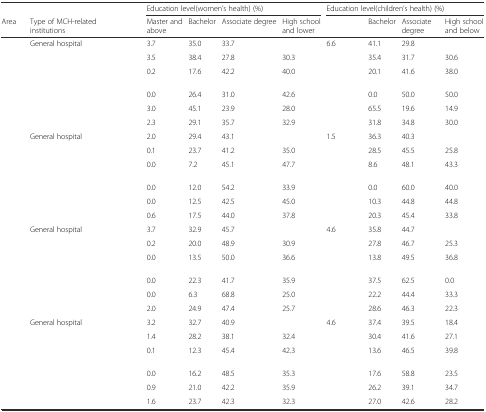
<table><thead><tr><td>[EMPTY_CELL]</td><td>[EMPTY_CELL]</td><td colspan="4"><b>Education level(women’s health) (%)</b></td><td colspan="4"><b>Education level(children’s health) (%)</b></td></tr><tr><td><b>Area</b></td><td><b>Type of MCH-related institutions</b></td><td><b>Master and above</b></td><td><b>Bachelor</b></td><td><b>Associate degree</b></td><td><b>High school and lower</b></td><td>[EMPTY_CELL]</td><td><b>Bachelor</b></td><td><b>Associate degree</b></td><td><b>High school and below</b></td></tr></thead><tbody><tr><td rowspan="6">[EMPTY_CELL]</td><td>General hospital</td><td>3.7</td><td>35.0</td><td>33.7</td><td>[EMPTY_CELL]</td><td>6.6</td><td>41.1</td><td>29.8</td><td>[EMPTY_CELL]</td></tr><tr><td>[EMPTY_CELL]</td><td>3.5</td><td>38.4</td><td>27.8</td><td>30.3</td><td>[EMPTY_CELL]</td><td>35.4</td><td>31.7</td><td>30.6</td></tr><tr><td>[EMPTY_CELL]</td><td>0.2</td><td>17.6</td><td>42.2</td><td>40.0</td><td>[EMPTY_CELL]</td><td>20.1</td><td>41.6</td><td>38.0</td></tr><tr><td>[EMPTY_CELL]</td><td>0.0</td><td>26.4</td><td>31.0</td><td>42.6</td><td>[EMPTY_CELL]</td><td>0.0</td><td>50.0</td><td>50.0</td></tr><tr><td>[EMPTY_CELL]</td><td>3.0</td><td>45.1</td><td>23.9</td><td>28.0</td><td>[EMPTY_CELL]</td><td>65.5</td><td>19.6</td><td>14.9</td></tr><tr><td>[EMPTY_CELL]</td><td>2.3</td><td>29.1</td><td>35.7</td><td>32.9</td><td>[EMPTY_CELL]</td><td>31.8</td><td>34.8</td><td>30.0</td></tr><tr><td rowspan="6">[EMPTY_CELL]</td><td>General hospital</td><td>2.0</td><td>29.4</td><td>43.1</td><td>[EMPTY_CELL]</td><td>1.5</td><td>36.3</td><td>40.3</td><td>[EMPTY_CELL]</td></tr><tr><td>[EMPTY_CELL]</td><td>0.1</td><td>23.7</td><td>41.2</td><td>35.0</td><td>[EMPTY_CELL]</td><td>28.5</td><td>45.5</td><td>25.8</td></tr><tr><td>[EMPTY_CELL]</td><td>0.0</td><td>7.2</td><td>45.1</td><td>47.7</td><td>[EMPTY_CELL]</td><td>8.6</td><td>48.1</td><td>43.3</td></tr><tr><td>[EMPTY_CELL]</td><td>0.0</td><td>12.0</td><td>54.2</td><td>33.9</td><td>[EMPTY_CELL]</td><td>0.0</td><td>60.0</td><td>40.0</td></tr><tr><td>[EMPTY_CELL]</td><td>0.0</td><td>12.5</td><td>42.5</td><td>45.0</td><td>[EMPTY_CELL]</td><td>10.3</td><td>44.8</td><td>44.8</td></tr><tr><td>[EMPTY_CELL]</td><td>0.6</td><td>17.5</td><td>44.0</td><td>37.8</td><td>[EMPTY_CELL]</td><td>20.3</td><td>45.4</td><td>33.8</td></tr><tr><td rowspan="6">[EMPTY_CELL]</td><td>General hospital</td><td>3.7</td><td>32.9</td><td>45.7</td><td>[EMPTY_CELL]</td><td>4.6</td><td>35.8</td><td>44.7</td><td>[EMPTY_CELL]</td></tr><tr><td>[EMPTY_CELL]</td><td>0.2</td><td>20.0</td><td>48.9</td><td>30.9</td><td>[EMPTY_CELL]</td><td>27.8</td><td>46.7</td><td>25.3</td></tr><tr><td>[EMPTY_CELL]</td><td>0.0</td><td>13.5</td><td>50.0</td><td>36.6</td><td>[EMPTY_CELL]</td><td>13.8</td><td>49.5</td><td>36.8</td></tr><tr><td>[EMPTY_CELL]</td><td>0.0</td><td>22.3</td><td>41.7</td><td>35.9</td><td>[EMPTY_CELL]</td><td>37.5</td><td>62.5</td><td>0.0</td></tr><tr><td>[EMPTY_CELL]</td><td>0.0</td><td>6.3</td><td>68.8</td><td>25.0</td><td>[EMPTY_CELL]</td><td>22.2</td><td>44.4</td><td>33.3</td></tr><tr><td>[EMPTY_CELL]</td><td>2.0</td><td>24.9</td><td>47.4</td><td>25.7</td><td>[EMPTY_CELL]</td><td>28.6</td><td>46.3</td><td>22.3</td></tr><tr><td rowspan="5">[EMPTY_CELL]</td><td>General hospital</td><td>3.2</td><td>32.7</td><td>40.9</td><td>[EMPTY_CELL]</td><td>4.6</td><td>37.4</td><td>39.5</td><td>18.4</td></tr><tr><td>[EMPTY_CELL]</td><td>1.4</td><td>28.2</td><td>38.1</td><td>32.4</td><td>[EMPTY_CELL]</td><td>30.4</td><td>41.6</td><td>27.1</td></tr><tr><td>[EMPTY_CELL]</td><td>0.1</td><td>12.3</td><td>45.4</td><td>42.3</td><td>[EMPTY_CELL]</td><td>13.6</td><td>46.5</td><td>39.8</td></tr><tr><td>[EMPTY_CELL]</td><td>0.0</td><td>16.2</td><td>48.5</td><td>35.3</td><td>[EMPTY_CELL]</td><td>17.6</td><td>58.8</td><td>23.5</td></tr><tr><td>[EMPTY_CELL]</td><td>0.9</td><td>21.0</td><td>42.2</td><td>35.9</td><td>[EMPTY_CELL]</td><td>26.2</td><td>39.1</td><td>34.7</td></tr><tr><td colspan="2">[EMPTY_CELL]</td><td>1.6</td><td>23.7</td><td>42.3</td><td>32.3</td><td>[EMPTY_CELL]</td><td>27.0</td><td>42.6</td><td>28.2</td></tr></tbody></table>